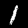
Label: 1